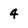
Character: 4